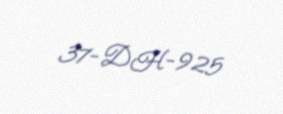
37-DH-925